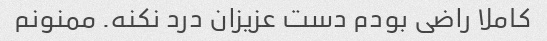
کاملا راضی بودم دست عزیزان درد نکنه. ممنونم